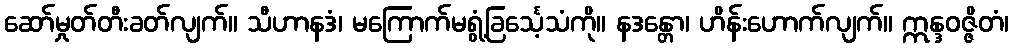
ဆော်မှုတ်တီးခတ်လျက်။ သီဟာနဒံ၊ မကြောက်မရွံ့ခြင်္သေ့သံကို။ နဒန္တော၊ ဟိန်းဟောက်လျက်။ ဣန္ဒဝဇ္ဇိတံ၊